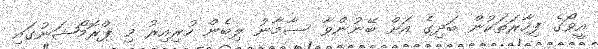
އީވޯގެ ފިހާރަތަކުން ބަދިގެ އަށް ބޭނުންވާ ސާމާނު ލިބެން ހުރިއިރު މި ޕްރޮމޯޝަނުގައި